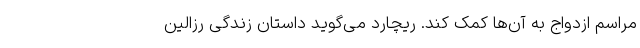
مراسم ازدواج به آن‌ها کمک کند. ریچارد می‌گوید داستان زندگی رزالین